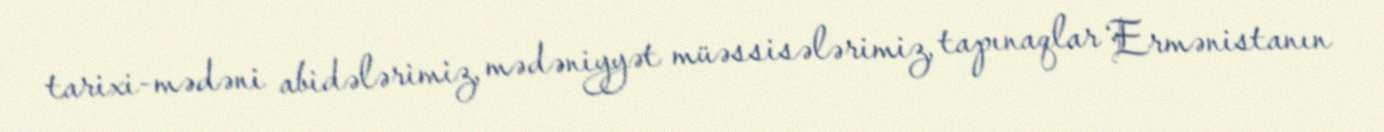
tarixi-mədəni abidələrimiz, mədəniyyət müəssisələrimiz, tapınaqlar Ermənistanın